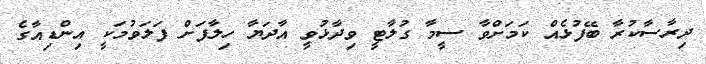
ދިރާސާކުރާ ބޭފުޅެއް ކަމަށްވާ ސީމާ ގުލާޓީ ވިދާޅުވީ އާދަޔާ ހިލާފަށް ފަލަވުމަކީ އިންޑިއާގެ